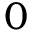
0